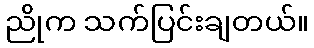
ညိုက သက်ပြင်းချတယ်။